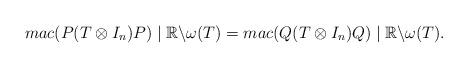
LaTeX: \begin{align*}mac(P(T \otimes I_n)P) \mid {\mathbb R}\backslash\omega(T) = mac(Q(T \otimes I_n)Q) \mid {\mathbb R}\backslash\omega(T).\end{align*}